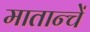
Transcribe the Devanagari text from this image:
मातान्चें